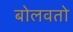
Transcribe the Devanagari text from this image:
बोलवतो